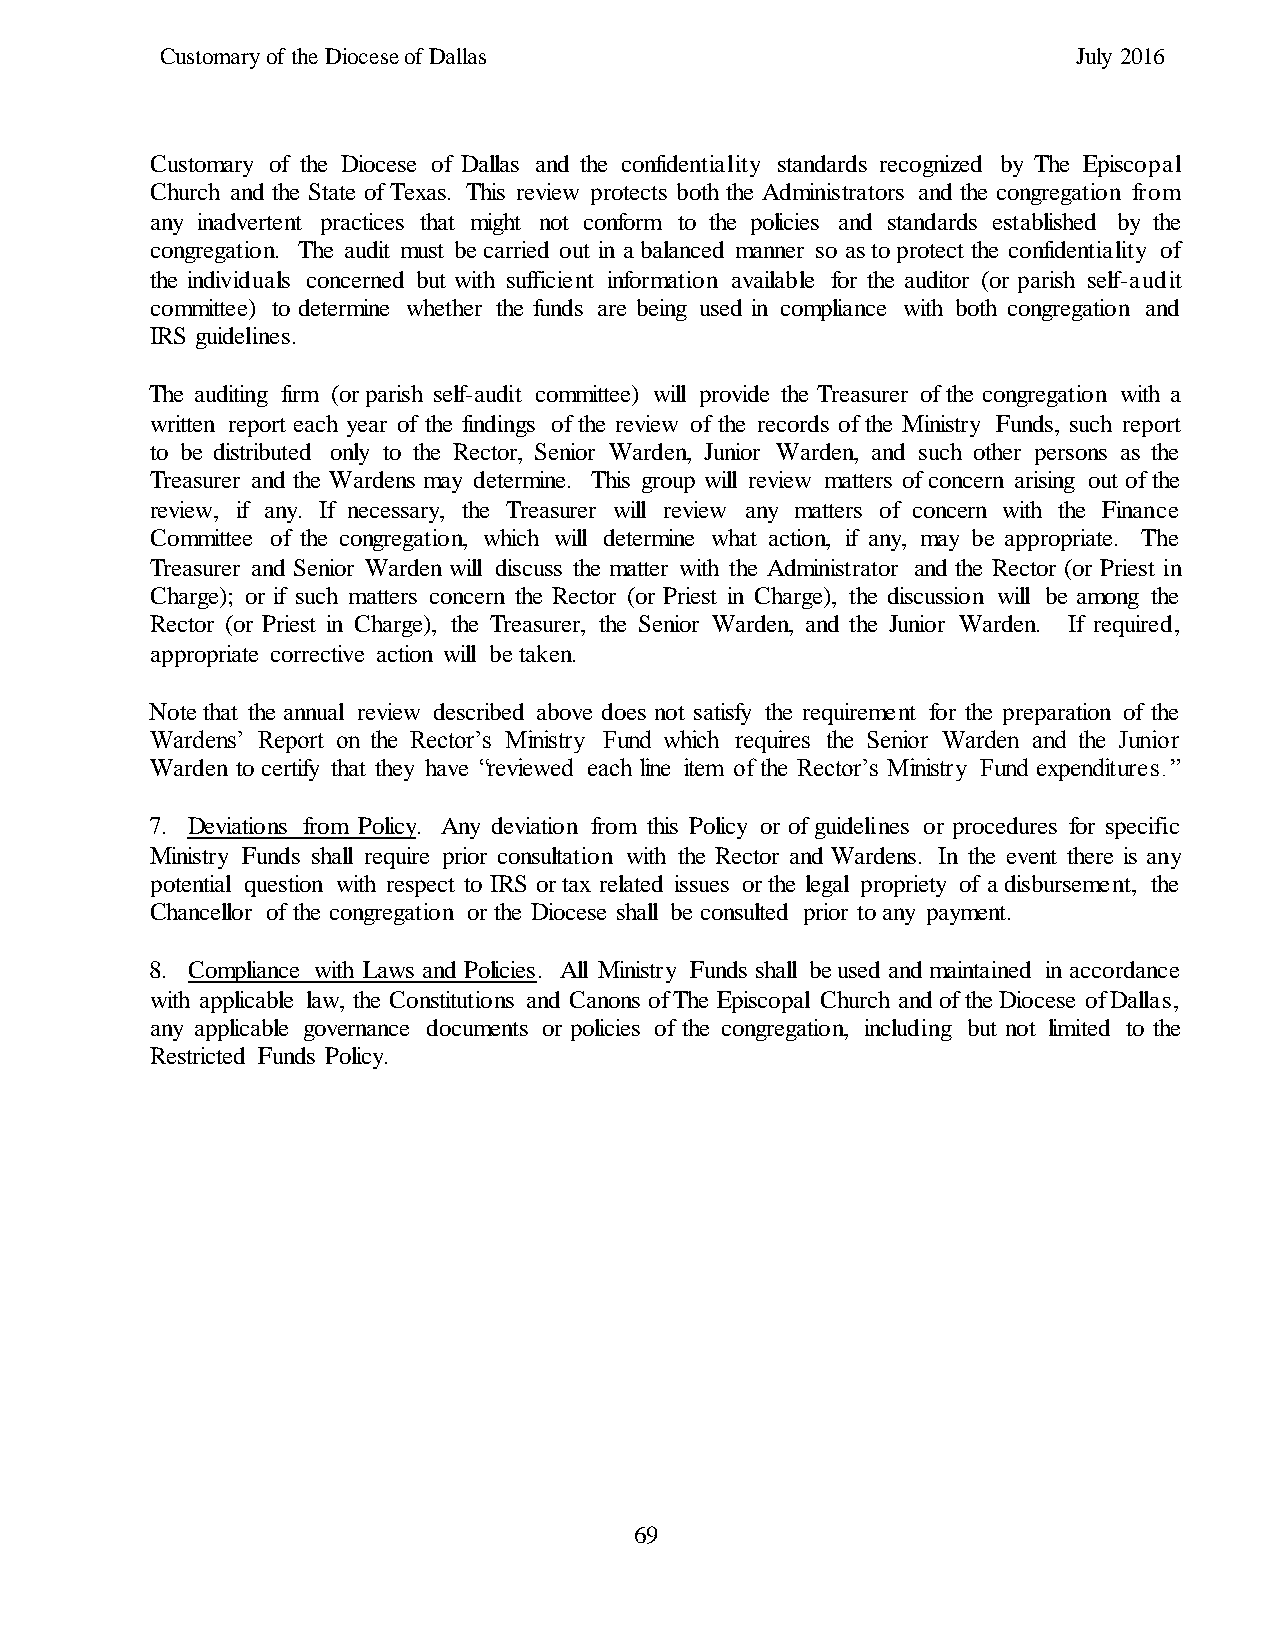
Customary of the Diocese of Dallas                          July 2016
 Customary of the Diocese of Dallas and the confidentiality standards recognized by The Episcopal
 Church and the State of Texas. This review protects both the Administrators and the congregation from
 any inadvertent practices that might not conform to the policies and standards established by the
 congregation. The audit must be carried out in a balanced manner so as to protect the confidentiality of
 the individuals concerned but with sufficient information available for the auditor (or parish self-audit
 committee) to determine whether the funds are being used in compliance with both congregation and
 IRS guidelines.
 The auditing firm (or parish self-audit committee) will provide the Treasurer of the congregation with a
 written report each year of the findings of the review of the records of the Ministry Funds, such report
 to be distributed only to the Rector, Senior Warden, Junior Warden, and such other persons as the
 Treasurer and the Wardens may determine. This group will review matters of concern arising out of the
 review, if any. If necessary, the Treasurer will review any matters of concern with the Finance
 Committee of the congregation, which will determine what action, if any, may be appropriate. The
 Treasurer and Senior Warden will discuss the matter with the Administrator and the Rector (or Priest in
 Charge); or if such matters concern the Rector (or Priest in Charge), the discussion will be among the
 Rector (or Priest in Charge), the Treasurer, the Senior Warden, and the Junior Warden. If required,
 appropriate corrective action will be taken.
 Note that the annual review described above does not satisfy the requirement for the preparation of the
 Wardens’ Report on the Rector’s Ministry Fund which requires the Senior Warden and the Junior
 Warden to certify that they have “reviewed each line item of the Rector’s Ministry Fund expenditures.”
 7. Deviations from Policy. Any deviation from this Policy or of guidelines or procedures for specific
 Ministry Funds shall require prior consultation with the Rector and Wardens. In the event there is any
 potential question with respect to IRS or tax related issues or the legal propriety of a disbursement, the
 Chancellor of the congregation or the Diocese shall be consulted prior to any payment.
 8. Compliance with Laws and Policies. All Ministry Funds shall be used and maintained in accordance
 with applicable law, the Constitutions and Canons of The Episcopal Church and of the Diocese of Dallas,
 any applicable governance documents or policies of the congregation, including but not limited to the
 Restricted Funds Policy.
 69